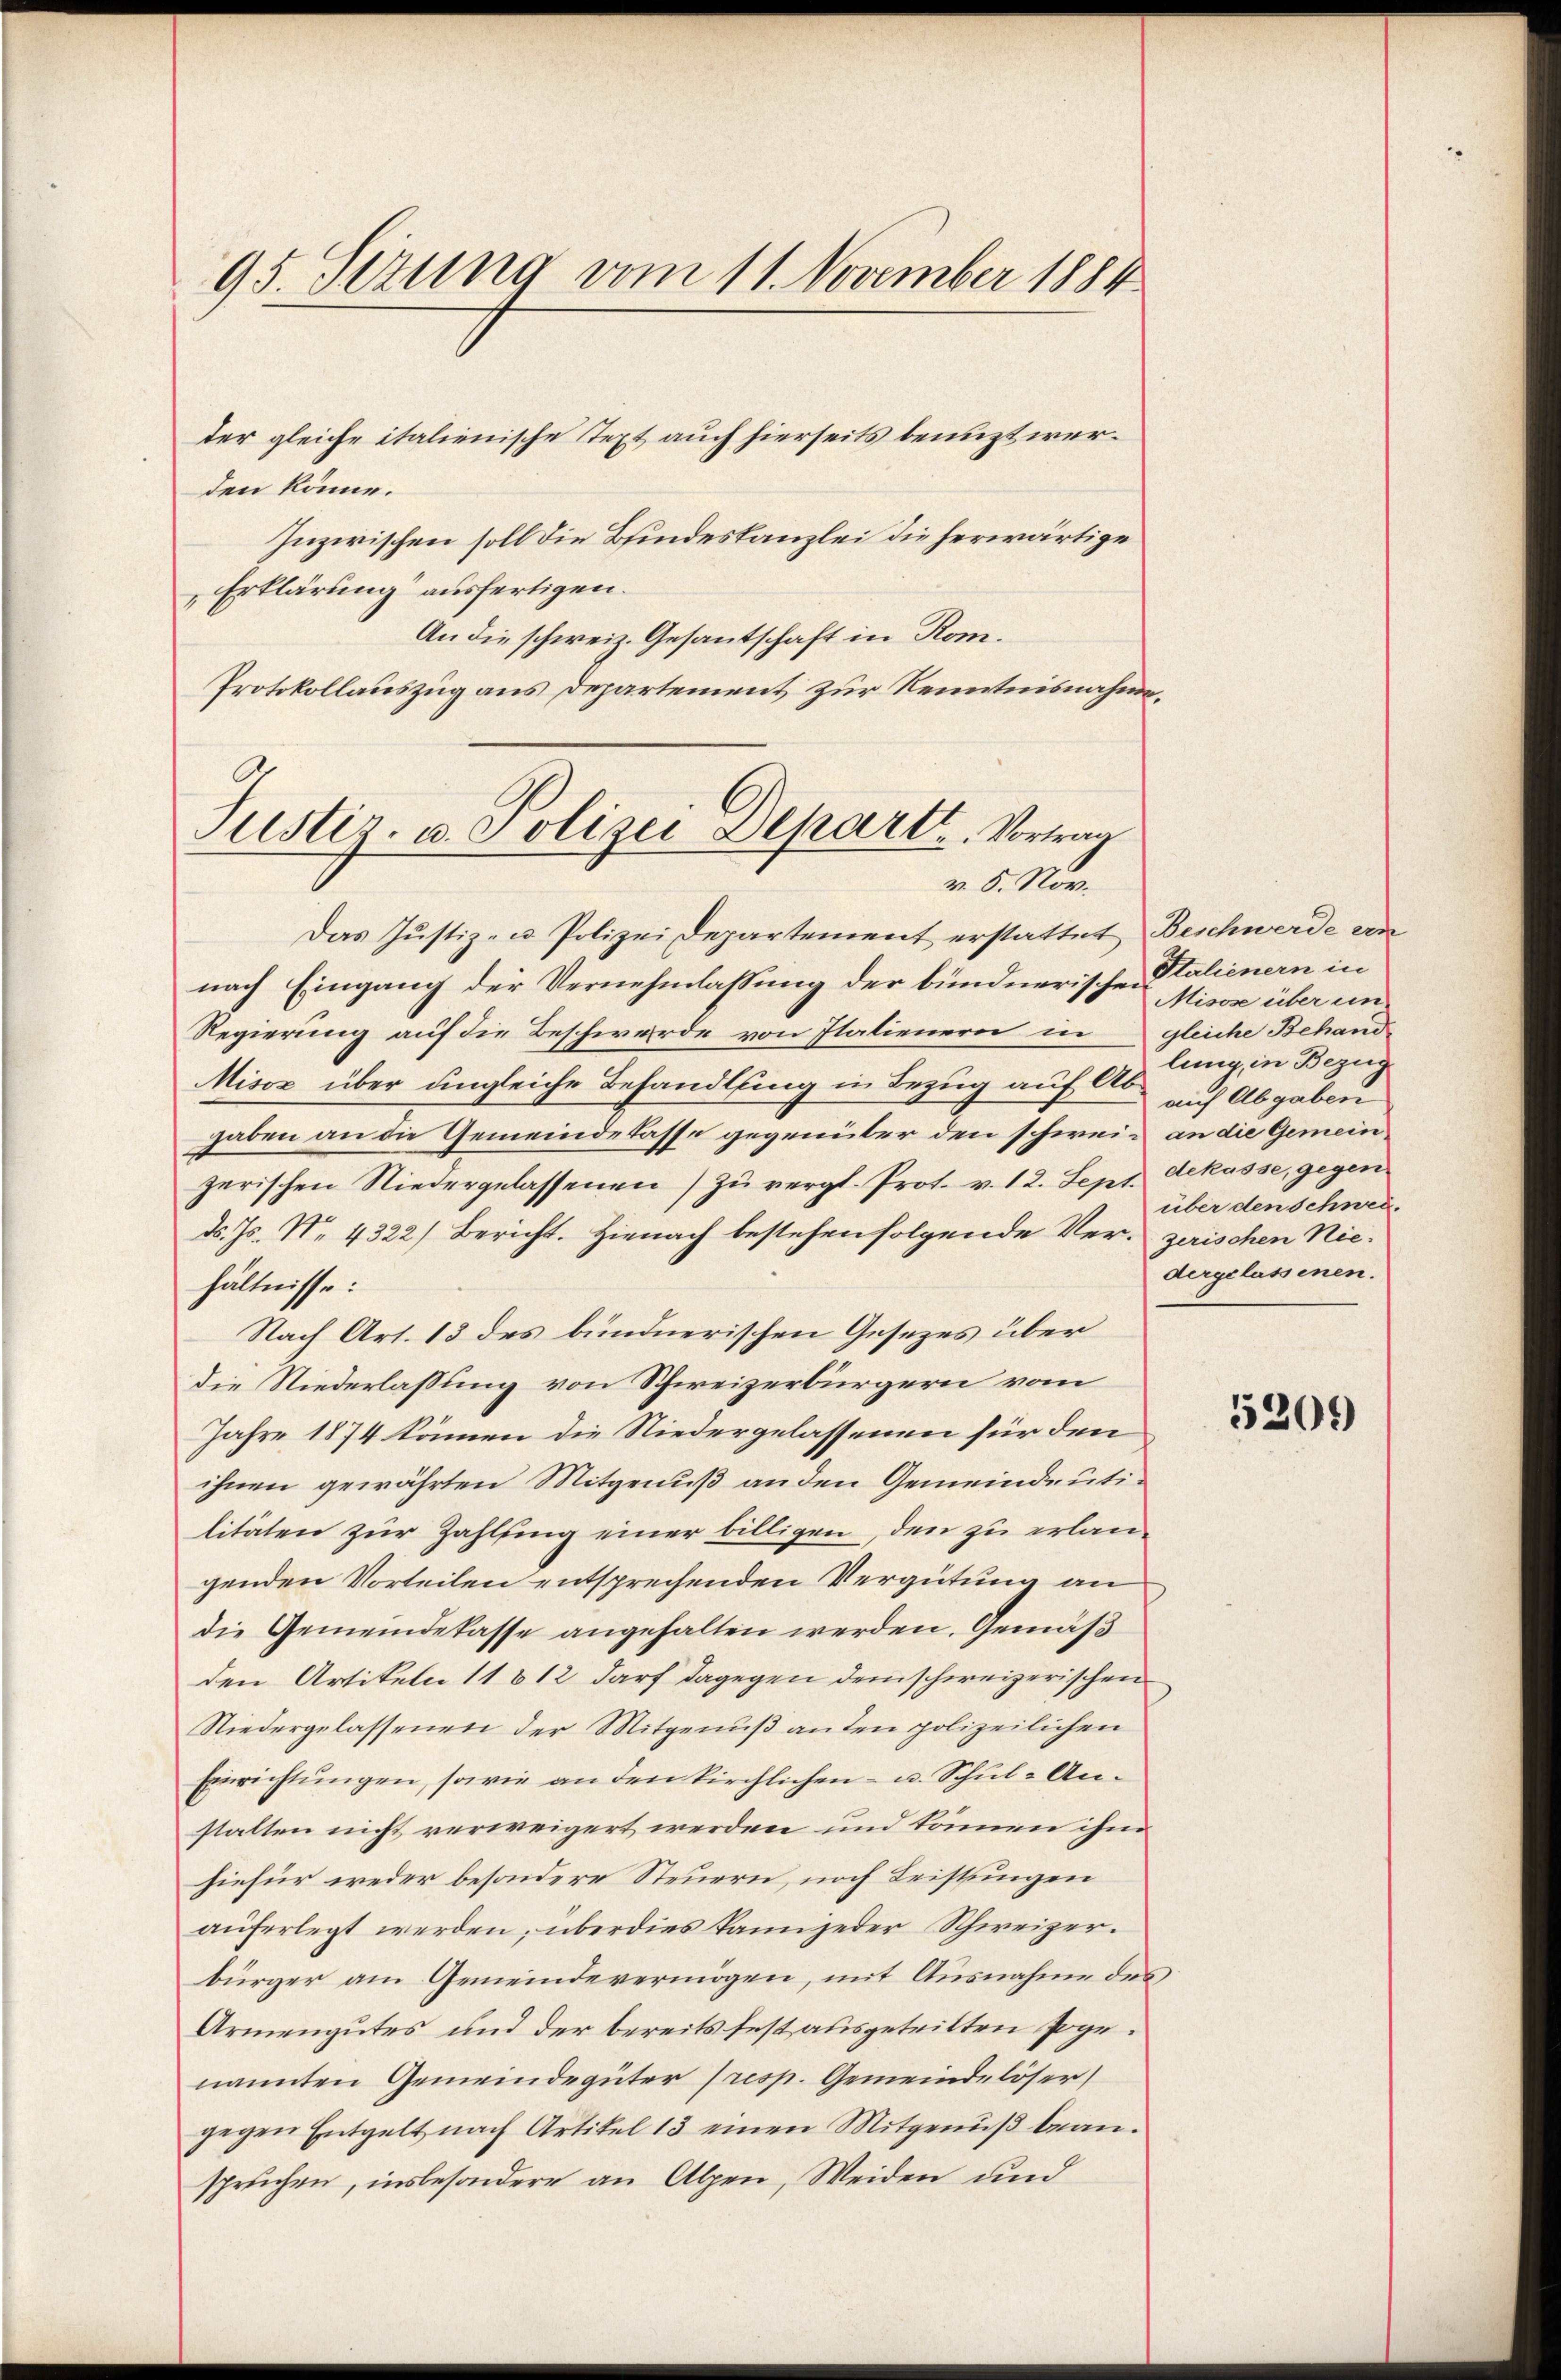
95. Sezung vom 11. November 1884

ter gleiche italienische Text auch hierseits benuzt werden könne.
Inzwischen soll die Bindeskanzlei die herwärtige
Erklärung“ ausfertigen.
An die schweiz. Gesantschaft in Kom¬
Protokollauszug aus Departement zur Kenntnisnahme,

Justiz- u. Polizei Departt. Vortrag
v. 8. Nov.

Das Justiz- u. Polizei Departement erstattet Beschwerde von
nach Eingang der Vernehmlassung der bündnerischen Stalienern in
Regierung auf die Beschwerde von Italienern in gleiche Behand-
Misox über ungleiche Behandlung in Bezug auf Ab-
gaben an die Gemeindelasse gegenüber den schwein an die Gemeinzerischen Niedergelassenen zŭ vergl. Prot. v. 12. Sept. dekasse, gegen
d. Js. No. 4322) Bericht. Hienach bestehen folgende Verzerischen Nie-
hältnisse:
Nach Art. 13 des bündnerischen Gesezes über
die Niederlassung von Schweizerbürgern vom
Jahre 1874 können die Niedergelassenen für den
ihnen gewährten Mitgenuß an den Gemeindeutilitäten zur Zahlung einer billigen, den zu erlangenden Vorteilen entsprechenden Vergütung an
die Gemeindekasse angehalten werden. Gemäß
den Artikeln 11812 darf dagegen dem schweizerischen
Niedergelassenen der Mitgenuß anden polizeilichen
Einrichtungen, sowie an den kirchlichen- u. Schul- Anstatten nicht verweigert werden und können ihm
hiefür weder besondere Steuern, noch Leistungen
auferlegt werden, überdies kam jeder Schweizer.
bürger am Gemeindevermögen, mit Ausnahme des
Armengutes und der bereits fest ausgeteilten sogenannten Gemeindegüter (resp. Gemeindelöser
gegen Entgelt nach Artikel 13 einen Mitgenuß beanspruchen, insbesondere an Alpen, Weiden und

Misose über ein
lung, in Bezug
auf Abgaben
über den Schweidergelassenen.

5201)